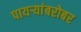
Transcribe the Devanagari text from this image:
पायऱ्यांबरोबर